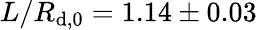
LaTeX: L/R_{\mathrm{d},0}=1.14\pm0.03